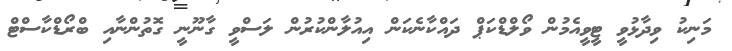
މަނިކު ވިދާޅުވީ ޓީވީއެމުން ވޯލްޑްކަޕް ދައްކާނެކަން އިއުލާންކުރުން ލަސްވީ ގާނޫނީ ގޮތުންނާއި ބްރޯޑްކާސްޓް